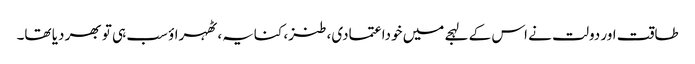
طاقت اور دولت نے اس کے لہجے میں خوداعتمادی، طنز، کنایہ، ٹھہراؤ سب ہی تو بھر دیا تھا۔